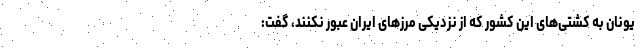
یونان به کشتی‌های این کشور که از نزدیکی مرزهای ایران عبور نکنند، گفت: